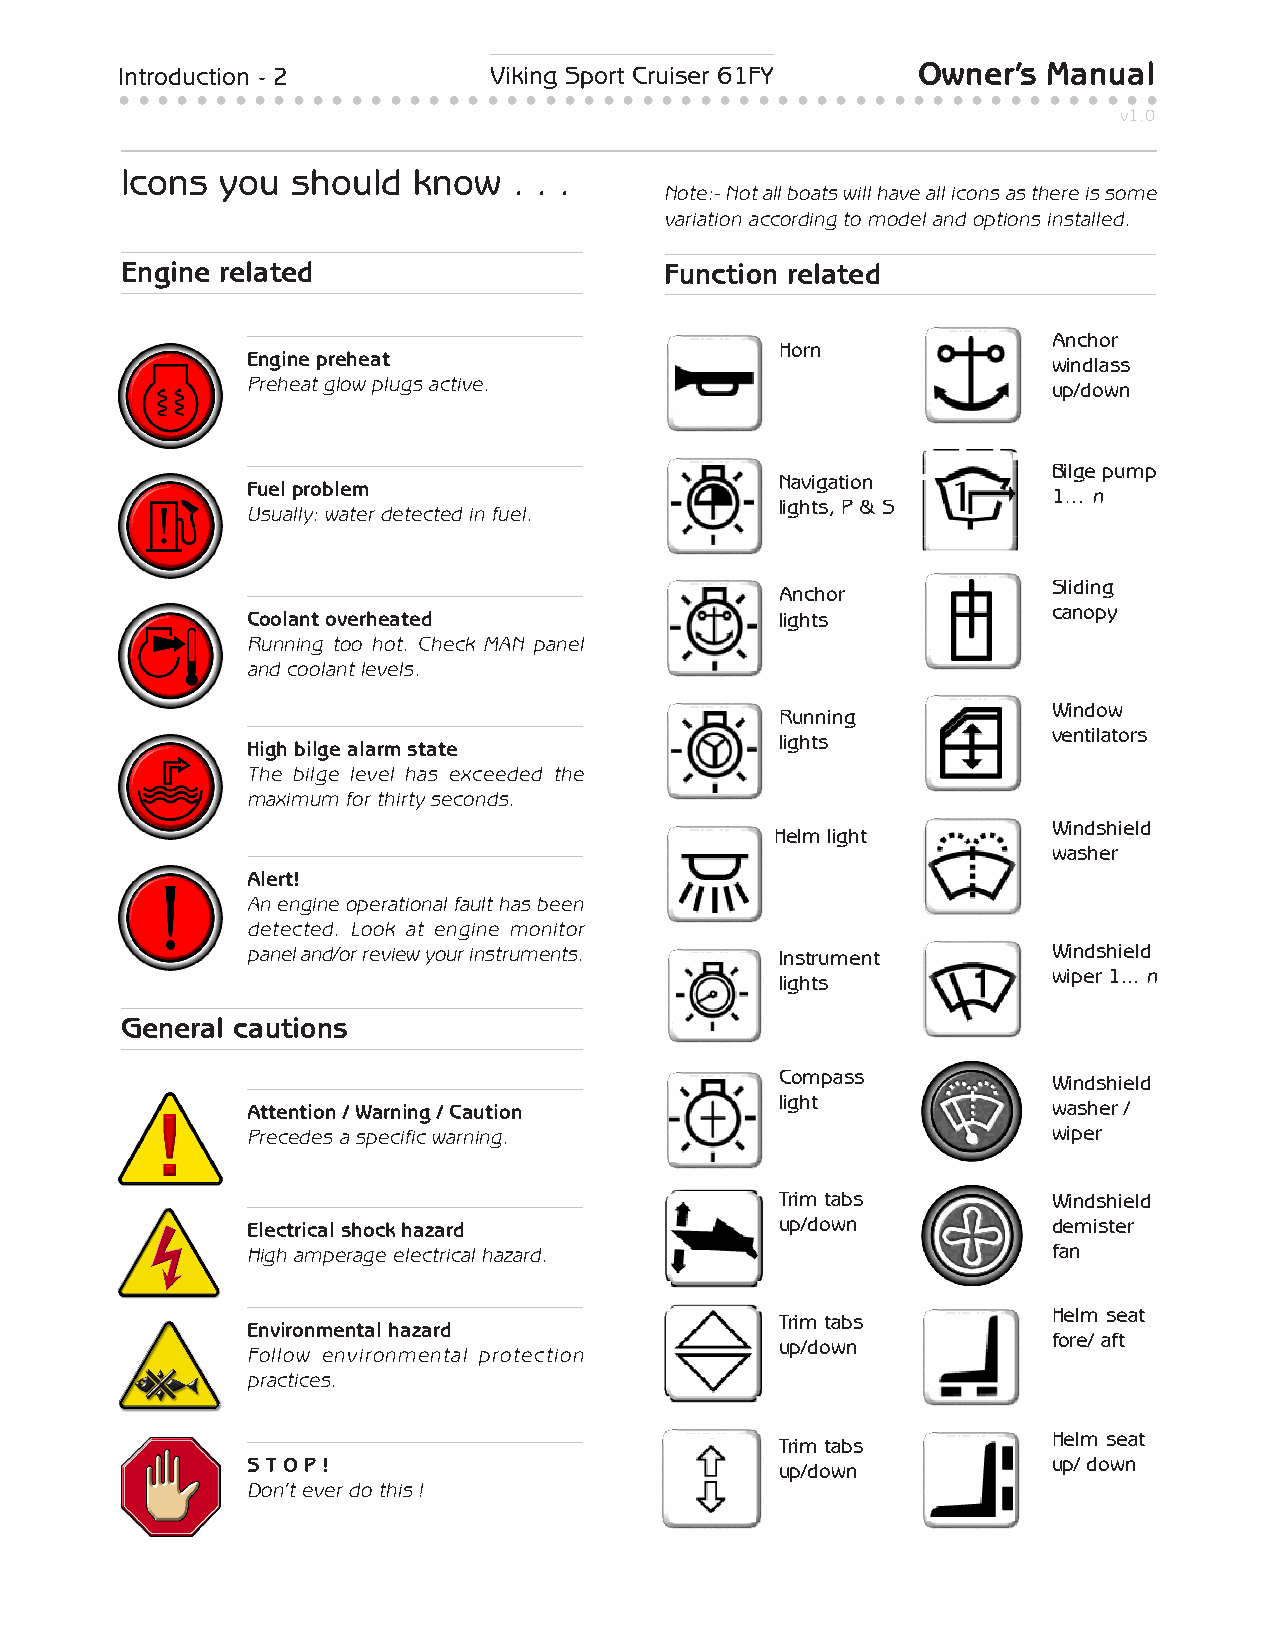
Introduction - 2        Viking Sport Cruiser 61FY    Owner’s Manual
 • • • • • • • • • • • • • • • • • • • • • • • • • • • • • • • • • • • • • • • • • • • • • • • • • • • • • •
 v1.0
 Icons  you should  know   . . .
 Note:- Not all boats will have all icons as there is some
 variation according to model and options installed.
 Engine related                      Function related
 Anchor
 Horn
 Engine preheat                                        windlass
 Preheat glow plugs active.                            up/down
 Bilge pump
 Navigation
 Fuel problem
 1… n
 lights, P & S
 Usually: water detected in fuel.
 Sliding
 Anchor
 canopy
 Coolant overheated                  lights
 Running too hot. Check MAN panel
 and coolant levels.
 Window
 Running
 ventilators
 lights
 High bilge alarm state
 The bilge level has exceeded the
 maximum for thirty seconds.
 Windshield
 Helm light
 washer
 Alert!
 An engine operational fault has been
 detected. Look at engine monitor
 panel and/or review your instruments. Instrument      Windshield
 wiper 1... n
 lights
 General cautions
 Compass
 Windshield
 light
 Attention / Warning / Caution                         washer /
 Precedes a specific warning.                          wiper
 Trim tabs         Windshield
 Electrical shock hazard             up/down           demister
 High amperage electrical hazard.                      fan
 Helm seat
 Trim tabs
 Environmental hazard
 fore/ aft
 up/down
 Follow environmental protection
 practices.
 Helm seat
 Trim tabs
 S T O P !                           up/down           up/ down
 Don’t ever do this !